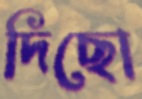
দিছো